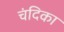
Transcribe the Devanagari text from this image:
चंदिका